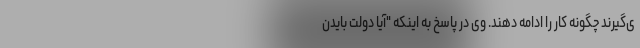
ی‌گیرند چگونه کار را ادامه دهند. وی در پاسخ به اینکه "آیا دولت بایدن